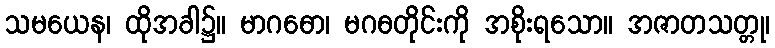
သမယေန၊ ထိုအခါ၌။ မာဂဓော၊ မဂဓတိုင်းကို အစိုးရသော။ အဇာတသတ္တု၊